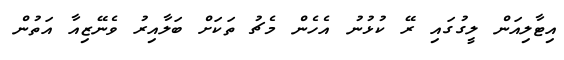
އިޓާލިއަން ލީގުގައި ރޭ ކުޅުނު އެހެން މެޗު ތަކަށް ބަލާއިރު ވެނޭޒިއާ އަތުން